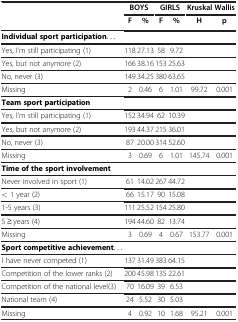
| <ROWSPAN=2>  | <COLSPAN=2> BOYS | <COLSPAN=2> GIRLS | <COLSPAN=2> Kruskal Wallis |
 | F | % | F | % | H | p |
 | --- | --- | --- | --- | --- | --- | --- |
 | Individual sport participation... |  |  |  |  |  |  |
 | Yes, I’m still participating (1) | 118 | 27.13 | 58 | 9.72 |  |  |
 | Yes, but not anymore (2) | 166 | 38.16 | 153 | 25.63 |  |  |
 | No, never (3) | 149 | 34.25 | 380 | 63.65 |  |  |
 | Missing | 2 | 0.46 | 6 | 1.01 | 99.72 | 0.001 |
 | Team sport participation |  |  |  |  |  |  |
 | Yes, I’m still participating (1) | 152 | 34.94 | 62 | 10.39 |  |  |
 | Yes, but not anymore (2) | 193 | 44.37 | 215 | 36.01 |  |  |
 | No, never (3) | 87 | 20.00 | 314 | 52.60 |  |  |
 | Missing | 3 | 0.69 | 6 | 1.01 | 145.74 | 0.001 |
 | Time of the sport involvement |  |  |  |  |  |  |
 | Never involved in sport (1) | 61 | 14.02 | 267 | 44.72 |  |  |
 | < 1 year (2) | 66 | 15.17 | 90 | 15.08 |  |  |
 | 1-5 years (3) | 111 | 25.52 | 154 | 25.80 |  |  |
 | 5 ≥ years (4) | 194 | 44.60 | 82 | 13.74 |  |  |
 | Missing | 3 | 0.69 | 4 | 0.67 | 153.77 | 0.001 |
 | Sport competitive achievement... |  |  |  |  |  |  |
 | I have never competed (1) | 137 | 31.49 | 383 | 64.15 |  |  |
 | Competition of the lower ranks (2) | 200 | 45.98 | 135 | 22.61 |  |  |
 | Competition of the national level(3) | 70 | 16.09 | 39 | 6.53 |  |  |
 | National team (4) | 24 | 5.52 | 30 | 5.03 |  |  |
 | Missing | 4 | 0.92 | 10 | 1.68 | 95.21 | 0.001 |